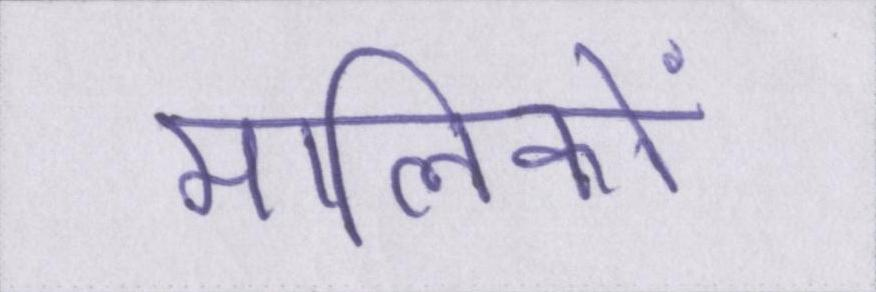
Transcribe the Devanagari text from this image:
मालिकों